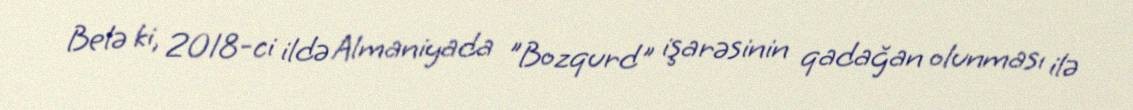
Belə ki, 2018-ci ildə Almaniyada "Bozqurd" işarəsinin qadağan olunması ilə